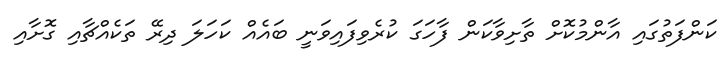
ކަންފަތުގައި އާންމުކޮށް ތާށިވާކަން ފާހަގަ ކުރެވިފައިވަނީ ބައެއް ކަހަލަ ދިރޭ ތަކެއްޗާއި ގޮށާއި